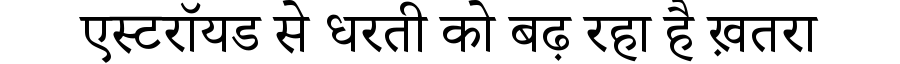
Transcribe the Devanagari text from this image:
एस्टरॉयड से धरती को बढ़ रहा है ख़तरा